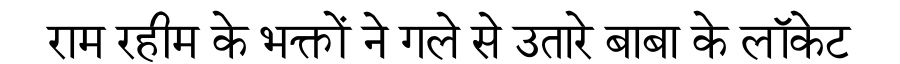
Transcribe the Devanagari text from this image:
राम रहीम के भक्तों ने गले से उतारे बाबा के लॉकेट